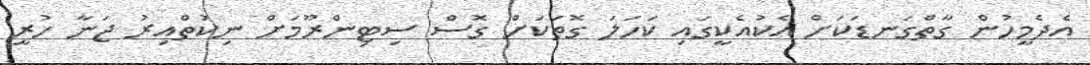
އެދެމީހުން ގާތްގަނޑަކަށް އެކުއެކީގައި ކަހަލަ ގޮތަކަށް ގޮސް ސިޓިންރޫމަށް ނިކުތްއިރު ޖަނާ ހުރީ